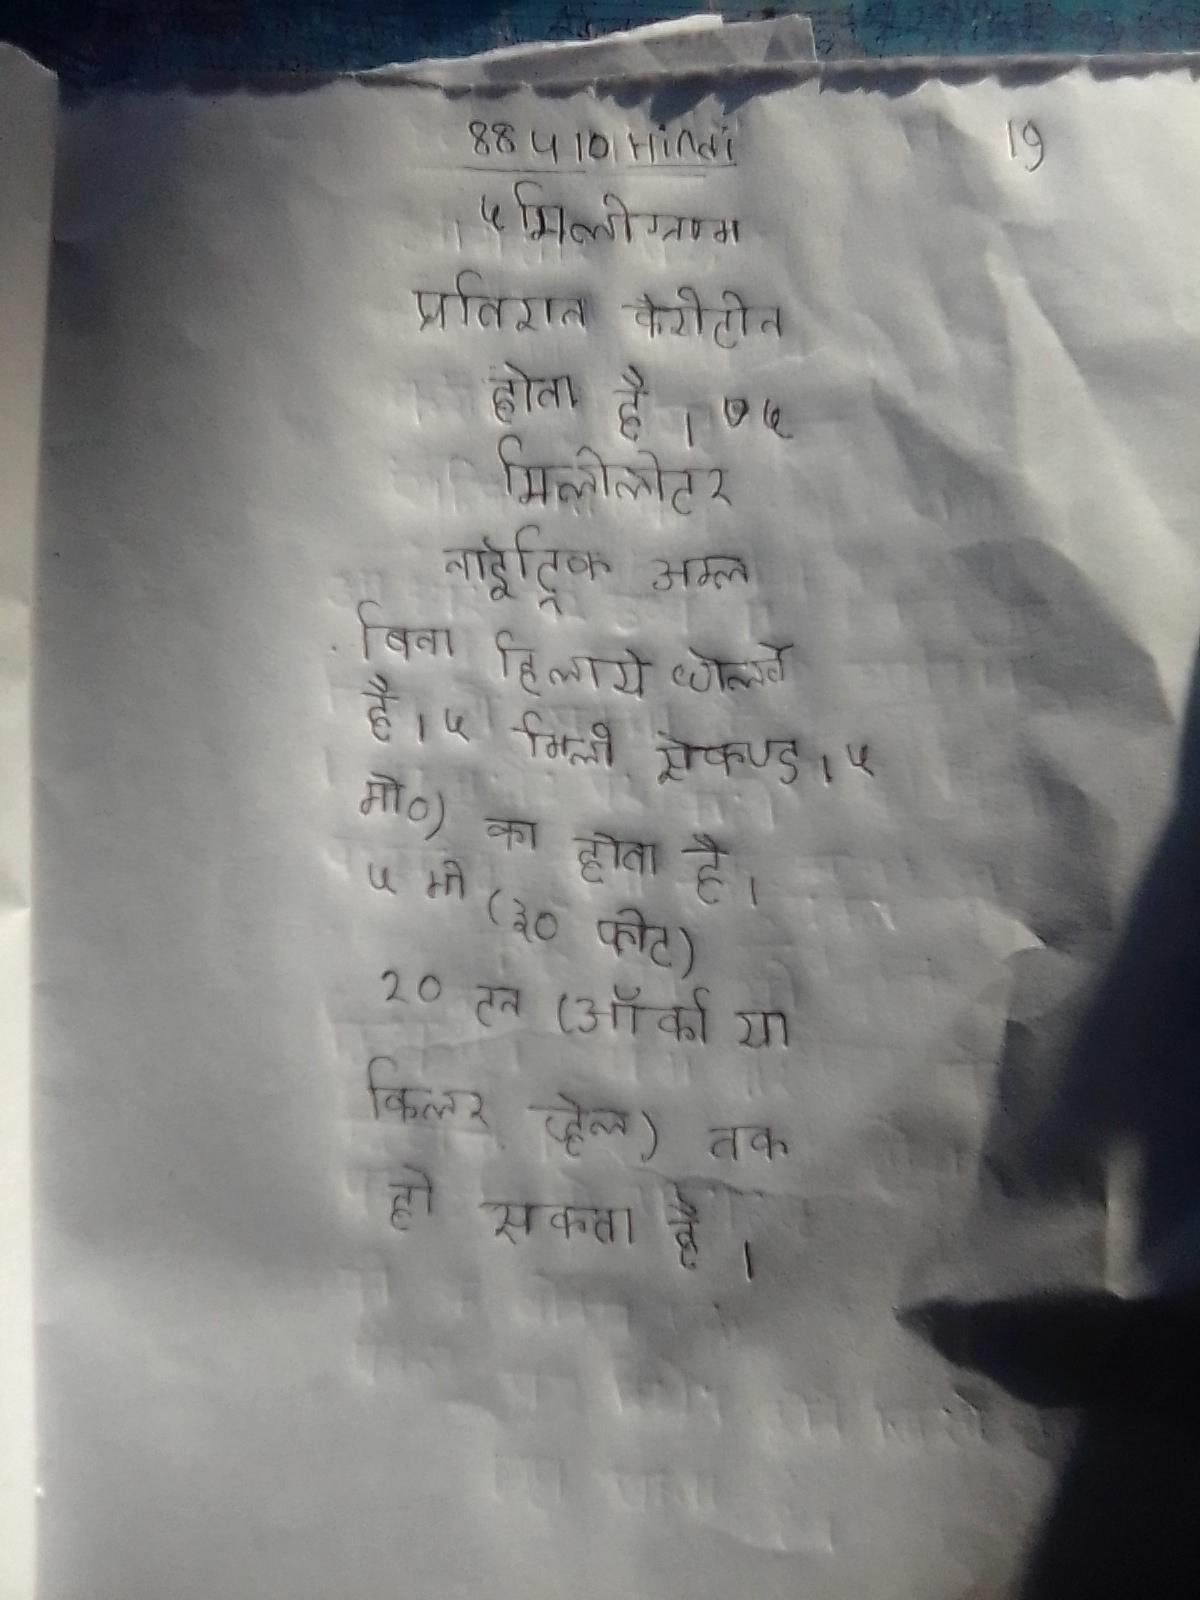
५ मिलीग्राम प्रतिशत कैरीटीन होता है । ५ मिलीलीटर नाईट्रिक अम्ल बिना हिलाये घोलते है । ५ मिली सेकण्ड है । ५ मी०) का होता है । ५ मी (३० फीट) १० टन (ऑर्का या किलर व्हेल) तक हो सकता है ।